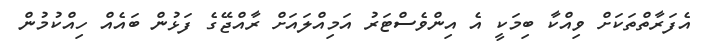
އެފަރާތްތަކަށް ވިއްކާ ބިމަކީ އެ އިންވެސްޓަރު އަމިއްލައަށް ރާއްޖޭގެ ފަޅުން ބައެއް ހިއްކުމުން